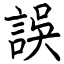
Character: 誤